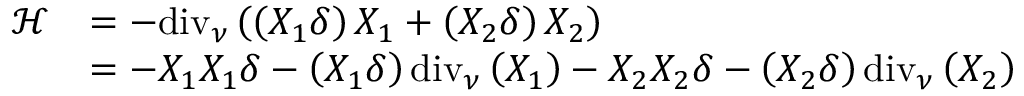
\begin{array} { r l } { \mathcal { H } } & { = - \mathrm { d i v } _ { \nu } \left( \left( X _ { 1 } \delta \right) X _ { 1 } + \left( X _ { 2 } \delta \right) X _ { 2 } \right) } \\ & { = - X _ { 1 } X _ { 1 } \delta - \left( X _ { 1 } \delta \right) \mathrm { d i v } _ { \nu } \left( X _ { 1 } \right) - X _ { 2 } X _ { 2 } \delta - \left( X _ { 2 } \delta \right) \mathrm { d i v } _ { \nu } \left( X _ { 2 } \right) } \end{array}